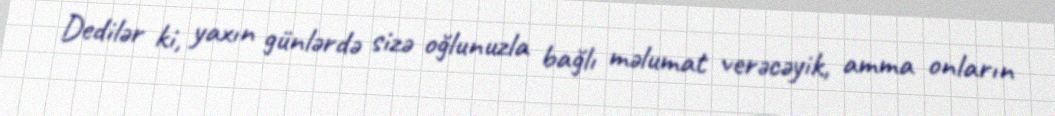
Dedilər ki, yaxın günlərdə sizə oğlunuzla bağlı məlumat verəcəyik, amma onların